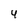
Character: 4